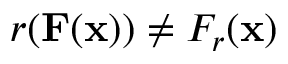
r ( \mathbf { F } ( \mathbf { x } ) ) \neq F _ { r } ( \mathbf { x } )